Lock hospitals Punjab
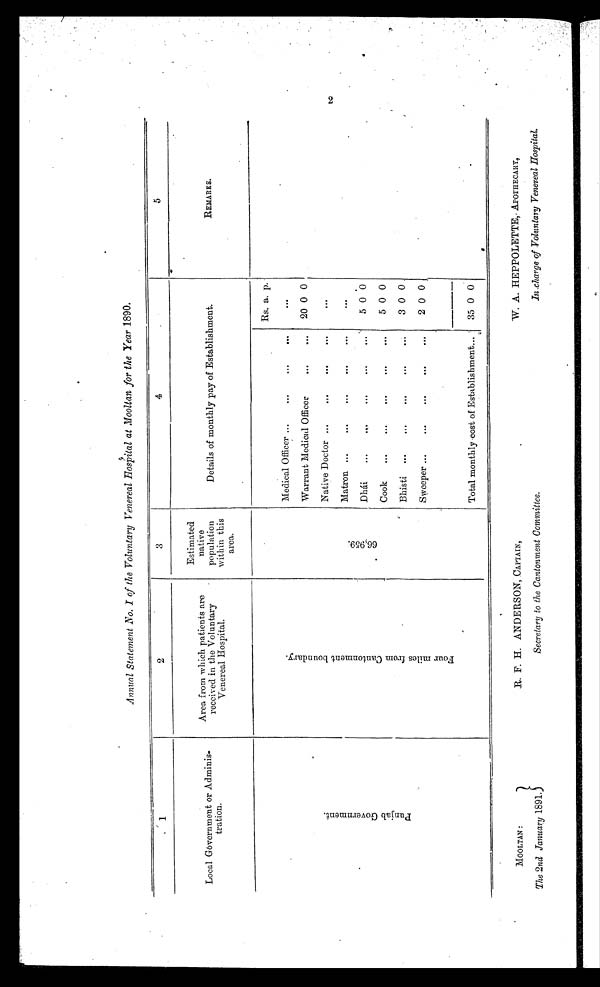
MOOLTAN :
The 2nd January 1891.
R. F. H. ANDERSON, CAPTAIN,
Secretary to the Cantonment Committee.
W. A. HEPPOLETTE, APOTHECARY,
In charge of Voluntary Venereal Hospital.
Annual Statement No. I of the Voluntary Venereal Hospital at Moolat for the Year 1890.
1
2
3
4
5
Local Government or Administration.
Area from which patients are
received in the Voluntary
Venereal Hospital.
Estimated
native
population
within this
area.
Details of monthly pay of Establishment.
REMARKS.
P u n j a b G o v e r n m e n t .
F o u r m i l e s f r o m C a n t o n m e n t b o u n d a r y .
6 6 , 9 5 9 .
Rs. a. p.
Medical Officer ...
...
. . .
. . .
. . .
Warrant Medical Officer
...
...
20 0 0
Native Doctor ...
...
. . .
. . .
. . .
Matron ...
...
...
...
. . .
...
Dh&acute;i
...
...
. . .
. . .
...
5 0 0
Cook ...
...
...
. . .
...
5 0 0
Bhisti
...
...
. . .
. . .
3 0 0
Sweeper ...
...
...
...
. . .
2 0 0
Total monthly cost of Establishment...
35 0 0
2